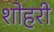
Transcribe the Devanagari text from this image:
शोहरी